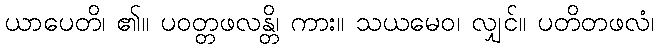
ယာပေတိ၊ ၏။ ပဝတ္တဖလန္တိ၊ ကား။ သယမေဝ၊ လျှင်။ ပတိတဖလံ၊